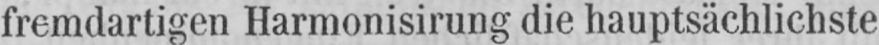
fremdartigen Harmonisirung die hauptsächlichste